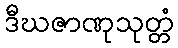
ဒီဃဇာဏုသုတ္တံ